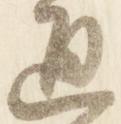
通